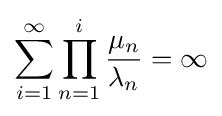
\sum _{i=1}^{\infty }\prod _{n=1}^{i}{\frac {\mu _{n}}{\lambda _{n}}}=\infty